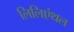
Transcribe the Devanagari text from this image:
लिलिएंथल